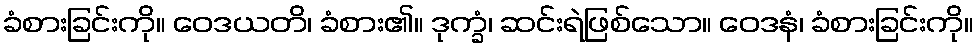
ခံစားခြင်းကို။ ဝေဒယတိ၊ ခံစား၏။ ဒုက္ခံ၊ ဆင်းရဲဖြစ်သော။ ဝေဒနံ၊ ခံစားခြင်းကို။